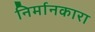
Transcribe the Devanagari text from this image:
निर्मानकारा